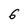
Character: 6